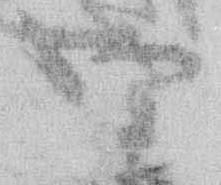
御